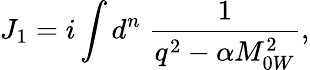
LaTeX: J_{1}=i\int d^{n}\; \frac{1}{q^{2}-\alpha M_{0W}^{2}},